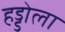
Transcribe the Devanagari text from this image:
हड्डोला